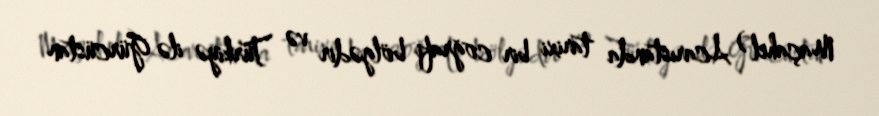
Maçahel ) Acarıstanda tarixi bir coğrafi bölgədir və Türkiyə ilə Gürcüstan